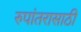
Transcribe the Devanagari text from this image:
रुपांतरासाठी